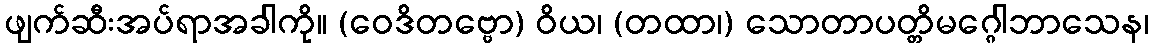
ဖျက်ဆီးအပ်ရာအခါကို။ (ဝေဒိတဗ္ဗော) ဝိယ၊ (တထာ၊) သောတာပတ္တိမဂ္ဂေါဘာသေန၊